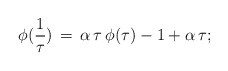
\begin{align*}\phi(\frac{1}{\tau})\, = \, \alpha \, \tau \,\phi(\tau)-1 + \alpha \, \tau ;\end{align*}